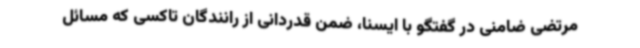
مرتضی ضامنی در گفتگو با ایسنا، ضمن قدردانی از رانندگان تاکسی که مسائل